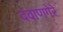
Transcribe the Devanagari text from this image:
दवाणगेरे